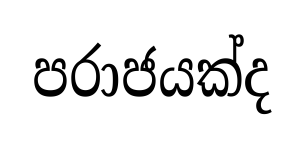
පරාජයක්ද